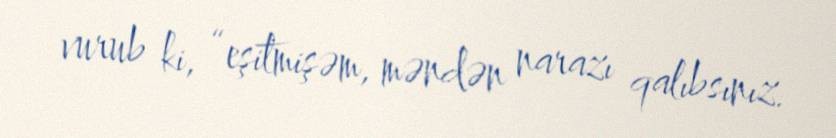
vurub ki, “eşitmişəm, məndən narazı qalıbsınız.